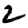
Digit: 2